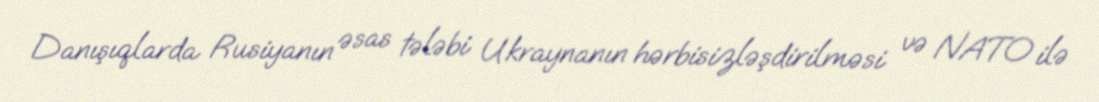
Danışıqlarda Rusiyanın əsas tələbi Ukraynanın hərbisizləşdirilməsi və NATO ilə